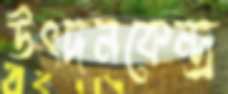
উৎদনকেন্দ্র